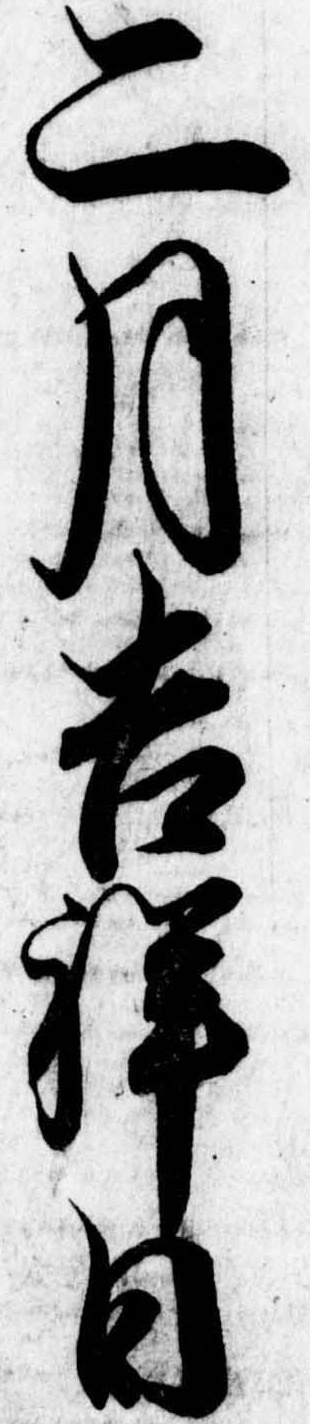
二月吉祥日